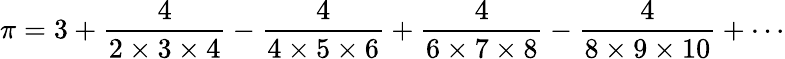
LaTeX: \pi=3+{\frac{4}{2\times 3\times 4}}-{\frac{4}{4\times 5\times 6}}+{\frac{4}{6\times 7\times 8}}-{\frac{4}{8\times 9\times 10}}+\cdots